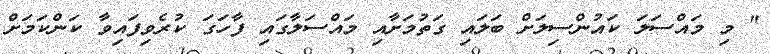
" މި މައްސަލަ ކައުންސިލަށް ބަލައި ގަތުމަށާއި މައްސަލާގައި ފާހަގަ ކުރެވިފައިވާ ކަންކަމަށް